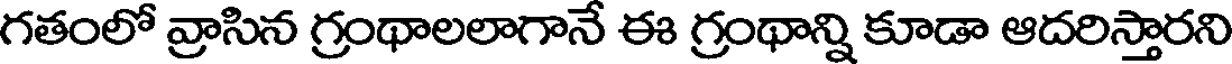
గతంలో వ్రాసిన గ్రంథాలలాగానే ఈ గ్రంథాన్ని కూడా ఆదరిస్తారని